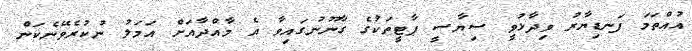
އުއްތަމަ ފަނޑިޔާރު ވިދާޅުވީ ސިޔާސީ ޕާޓީތަކުގެ ގާނޫނުގައިވާ އެ މާއްދާއަށް އަމަލު ނުކުރެވޭނެކަން